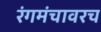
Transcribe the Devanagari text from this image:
रंगमंचावरच